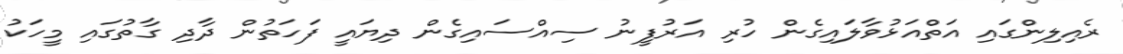
ރެއިލިންގައި އަތްއަޅުވާލައިގެން ހުރި އަރުފީނު ސިއްސައިގެން ދިޔައީ ފަހަތުން ދާދި ގާތުގައި މީހަކު